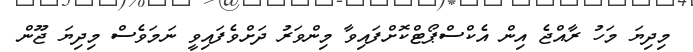
މިދިޔަ މަހު ރާއްޖެ އިން އެކްސްޕޯޓްކޮށްފައިވާ މިންވަރު ދަށްވެފައިވީ ނަމަވެސް މިދިޔަ ޖޫން